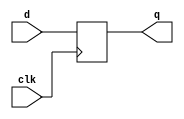
module dff(d,clk,q);
    input d,clk;
    output q;
    reg q=0;
    always @ (posedge clk)
    begin
    q<=d;
end
endmodule 

module iiitb_siso(d, clk, q);
    input d,clk;
    output q;
    wire q1,q2,q3;
    dff a(d, clk, q1);
    dff b(q1, clk, q2);
    dff c(q2, clk, q3);
    dff d1(q3, clk, q);
endmodule